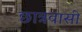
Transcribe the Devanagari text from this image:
छात्रवासी